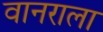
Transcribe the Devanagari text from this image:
वानराला